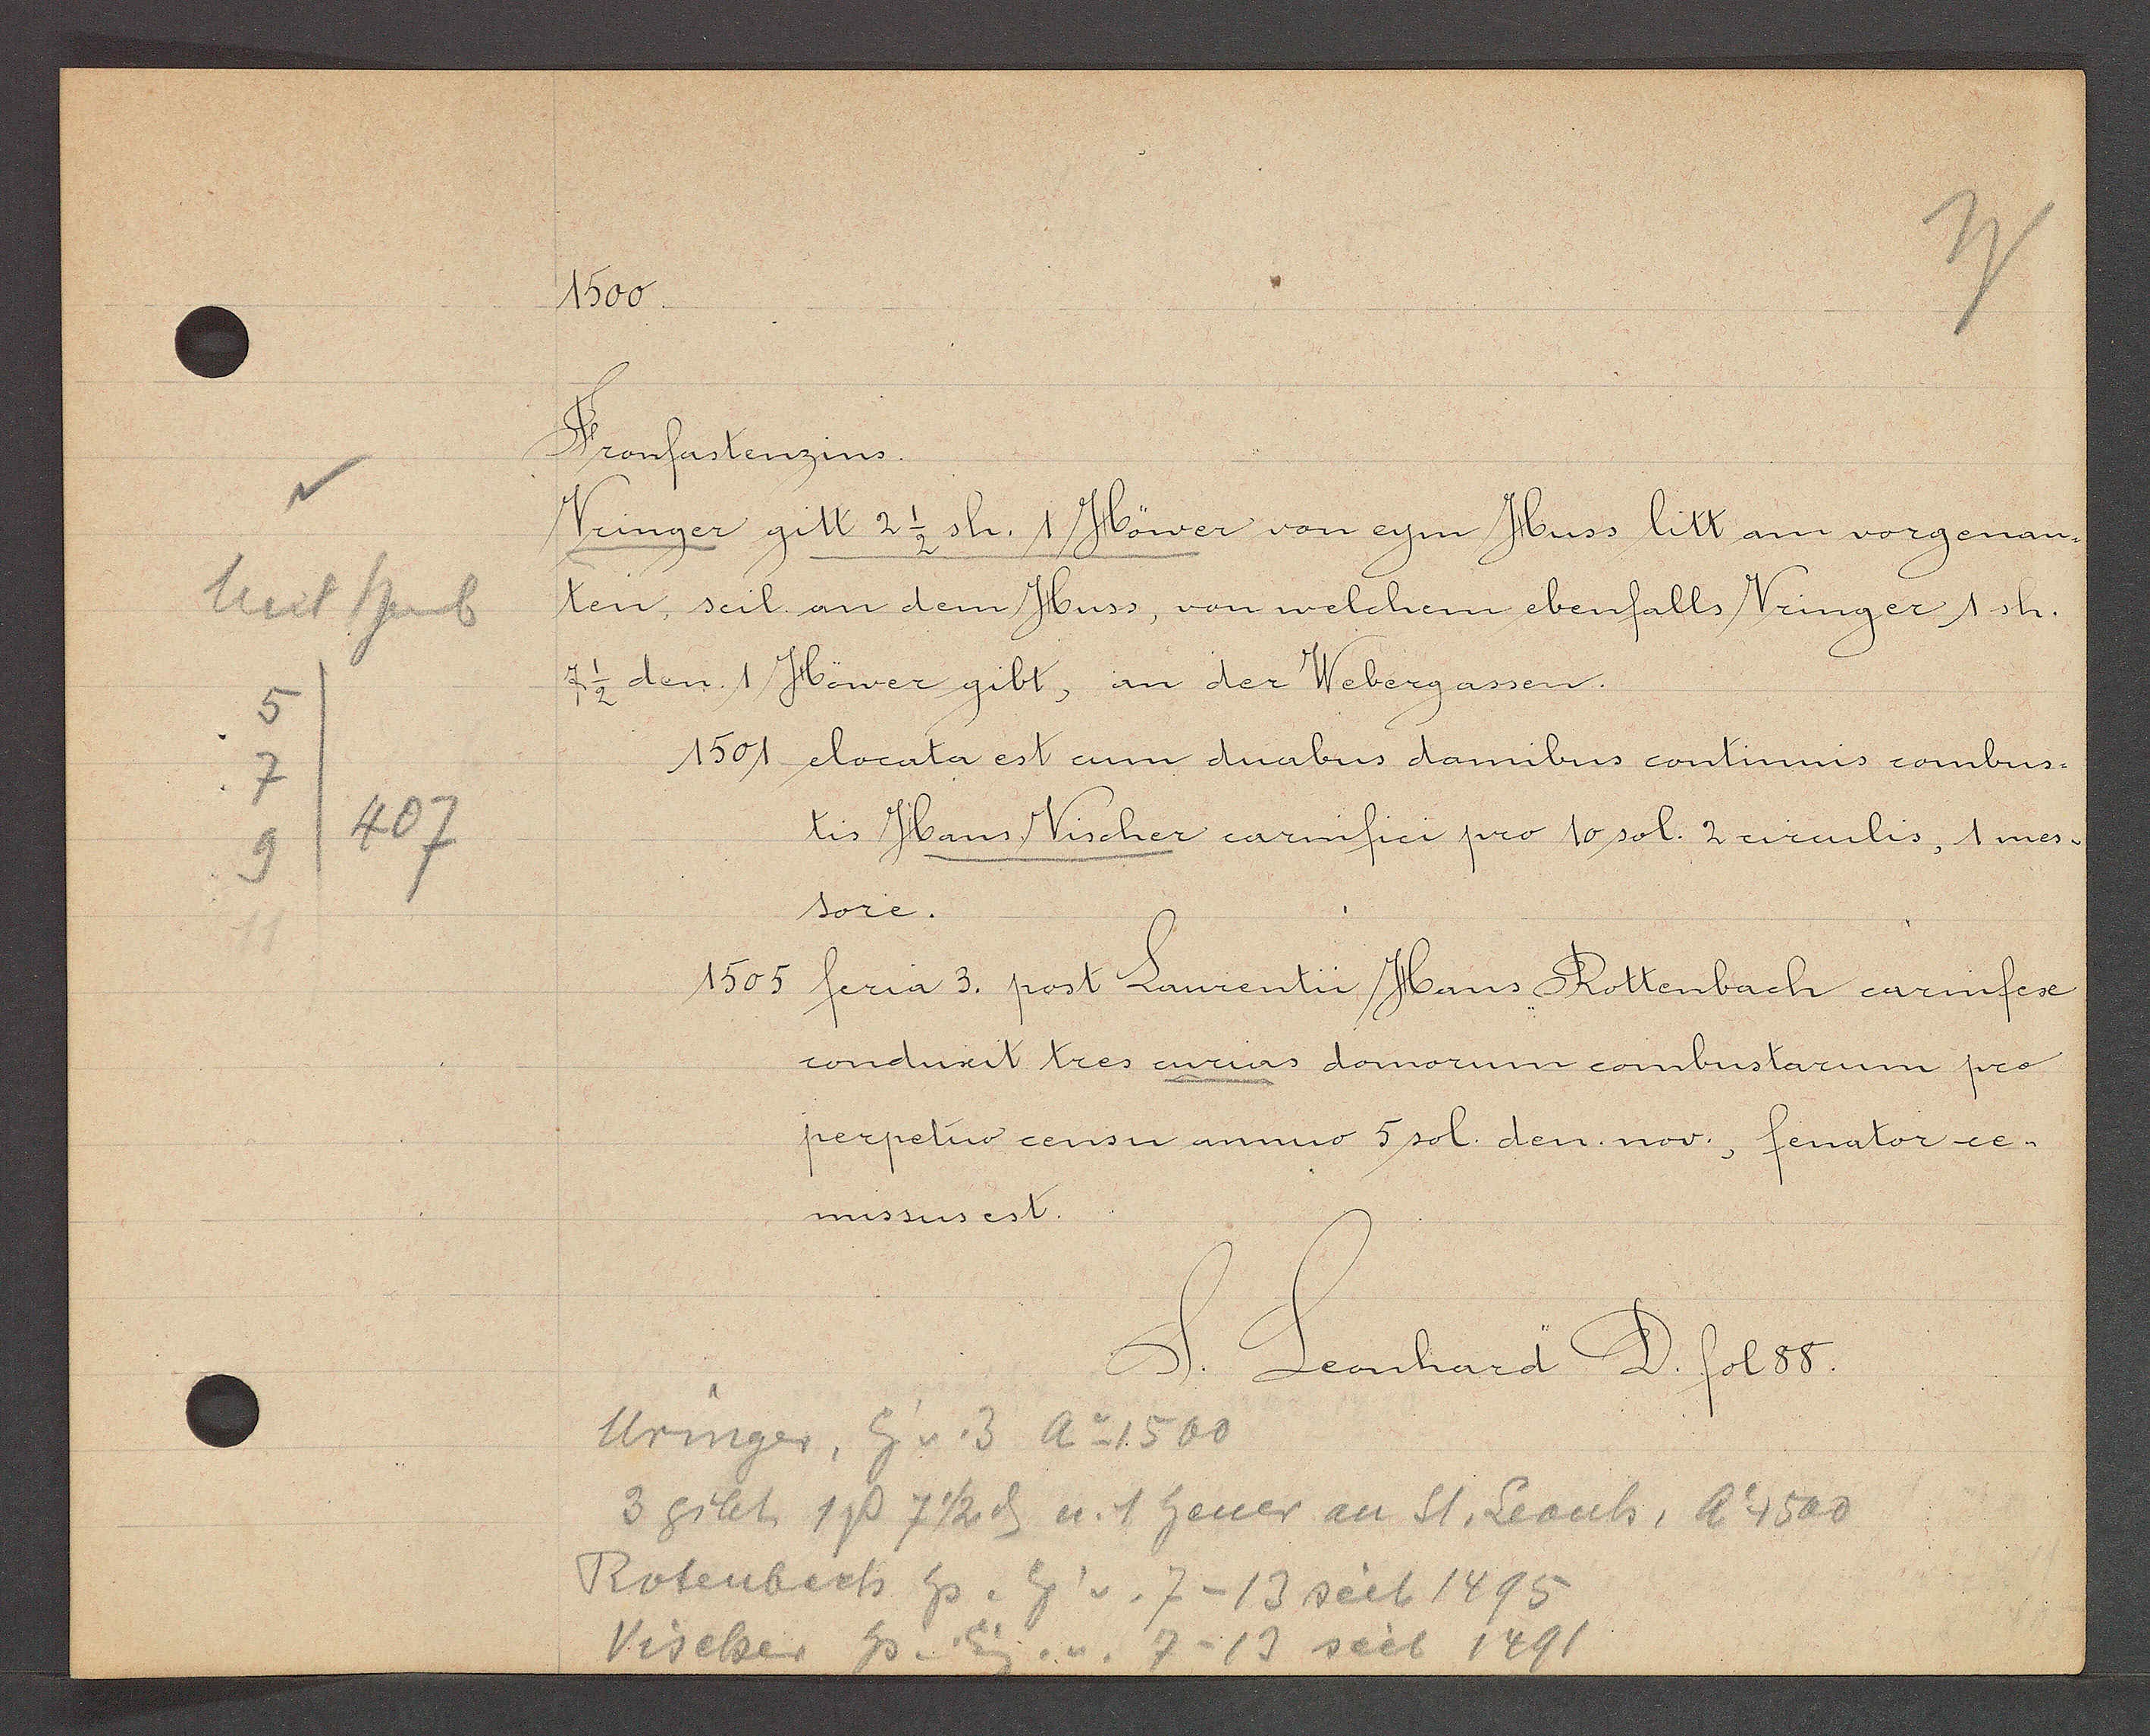
Transcript:
Unt heub
5
7
407
9

1500

Fronfastenzins.
Vringer gitt 2 1/2 sh. 1 Höner von eym Huss litt am vorgenan¬
ten seil. an dem Huss, von welchem ebenfalls Vringer 1 sh.
7 1/2 den 1 Höner gibt, an der Webergassen.
1501 elocata est cum duabus damibus contiuuis combus¬
tis Hans Vischer carnifici pro 10 sol. 2 circulis, 1 mes¬
soie.
1505 feria 3. post Laurentii Hans Rottenbach carinfex
conduxit tres curias domoorum combustarum pro
perpetuo censu annuo 5 sol. den nov., fenator ce¬
missus est.

S. Leonhard D. fol 88.

Uringer, Eig v. 3 Ao 1500
3 gibt 1P 7 1/2 ȡ u. 1 heuer an St. Leonh, ao 1500
Rotenbach hs. Eig v. 7-13 seit 1495
Vischer hs. Eig v. 7-13 seit 1491